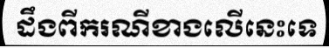
ដឹងពីករណីខាងលើនេះទេ